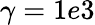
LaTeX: \gamma=1e3